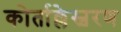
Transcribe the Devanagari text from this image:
कोर्ताल्लेस्वरण